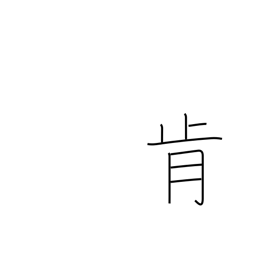
Meaning: consent